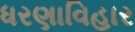
ધરણાવિહાર